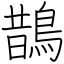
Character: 鵲